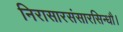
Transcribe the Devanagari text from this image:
निरासारसंसारसिन्धौ।